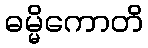
ဓမ္မိကောတိ